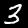
Digit: 3